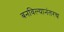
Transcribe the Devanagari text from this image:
बनविल्यानंतरच